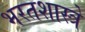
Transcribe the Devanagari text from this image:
भरतशास्त्रे